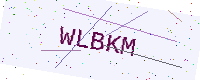
Text: WLBKM